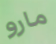
مارو